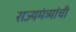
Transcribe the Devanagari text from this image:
राज्यमंत्र्यांची